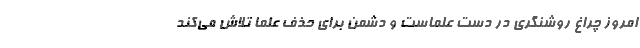
امروز چراغ روشنگری در دست علماست و دشمن برای حذف علما تلاش می‌کند